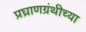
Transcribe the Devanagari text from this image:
प्रघ्राणग्रंथीच्या